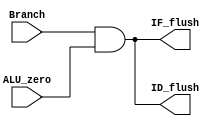
module CONTROL_HAZARD (
  input  wire Branch,    // from ID_EX
  input  wire ALU_zero,  // from EX
  output wire IF_flush,  // output to IF/ID
  output wire ID_flush   // output to ID/EX
);

  assign IF_flush = Branch && ALU_zero;
  assign ID_flush = Branch && ALU_zero;

endmodule